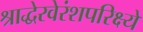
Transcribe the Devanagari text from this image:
श्राद्धेरवेरंशपरिक्ष्ये